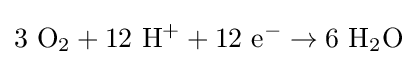
\mathrm {3\ O_{2}+12\ H^{+}+12\ e^{-}\to 6\ H_{2}O}